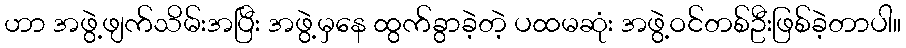
ဟာ အဖွဲ့ဖျက်သိမ်းအပြီး အဖွဲ့မှနေ ထွက်ခွာခဲ့တဲ့ ပထမဆုံး အဖွဲ့ဝင်တစ်ဦးဖြစ်ခဲ့တာပါ။